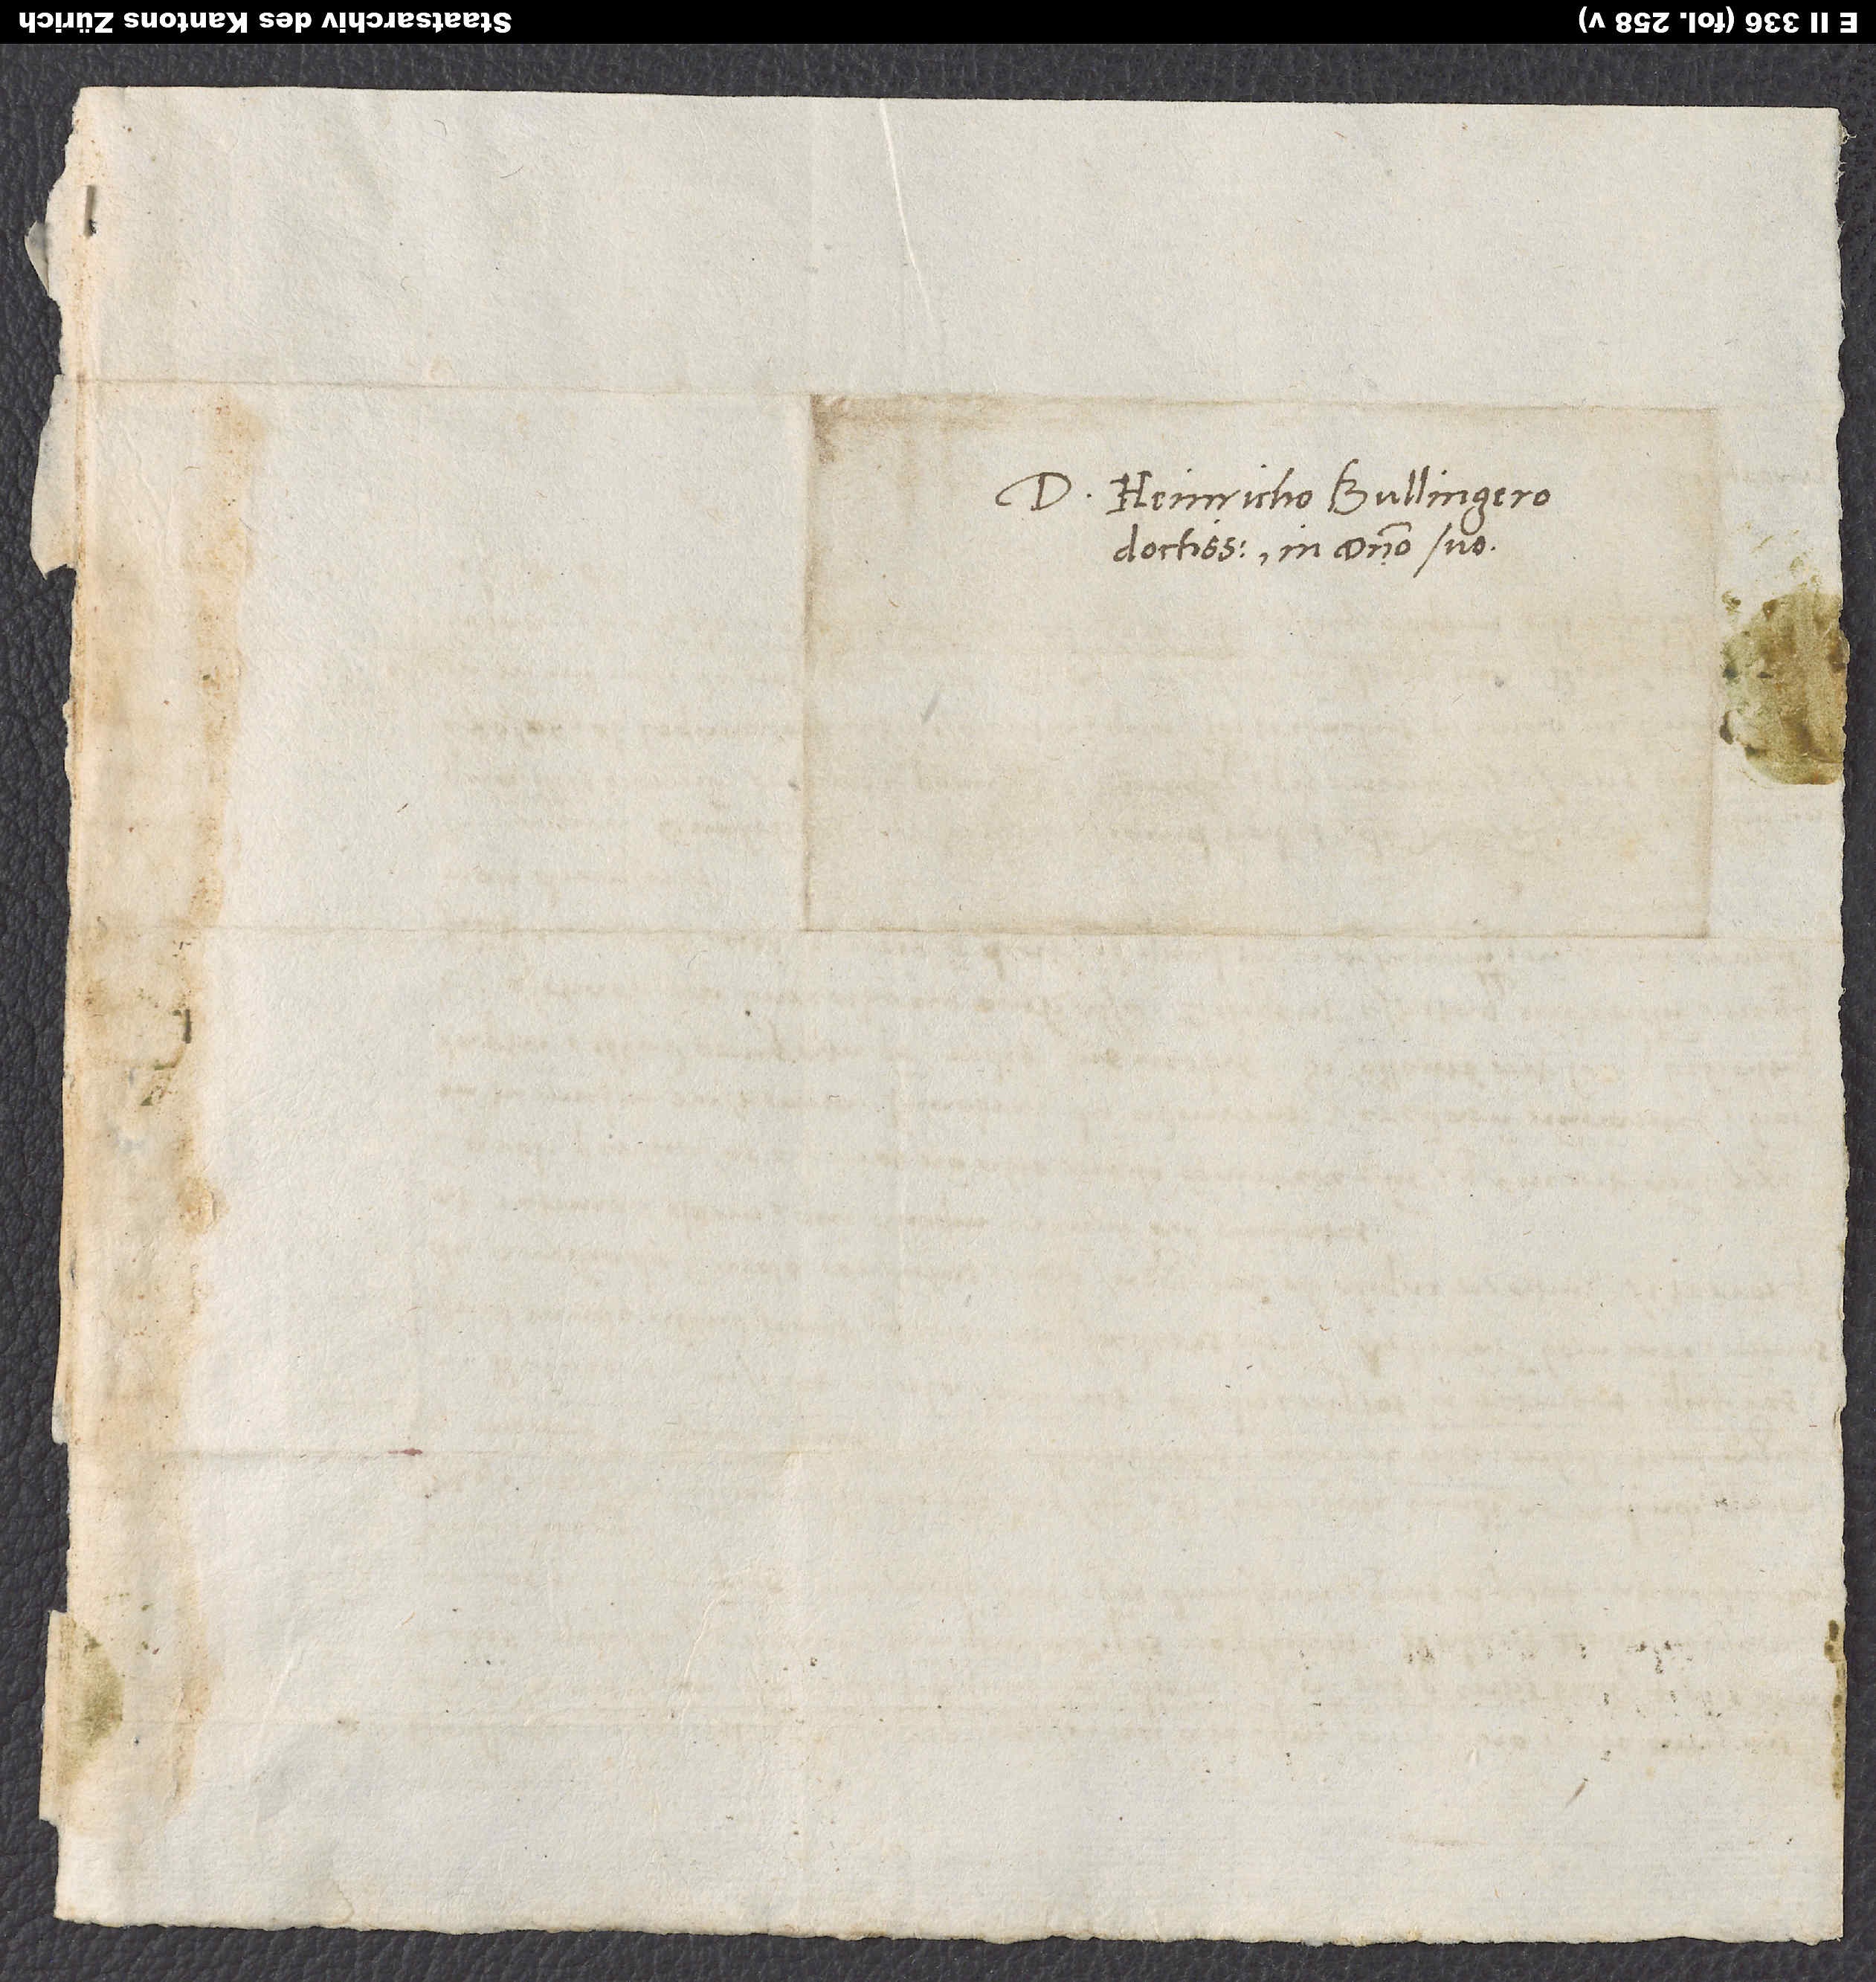
D. Heinricho Bullingero
doctissimo, in domino suo.